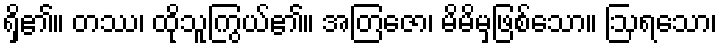
ရှိ၏။ တဿ၊ ထိုသူကြွယ်၏။ အတြဇော၊ မိမိမှဖြစ်သော။ ဩရသော၊